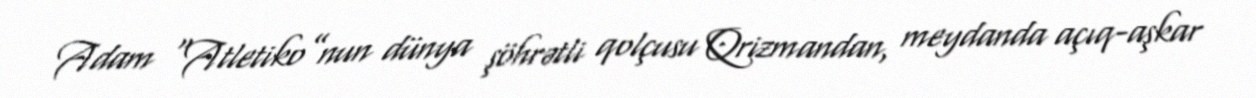
Adam “Atletiko”nun dünya şöhrətli qolçusu Qrizmandan, meydanda açıq-aşkar